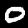
Label: 0